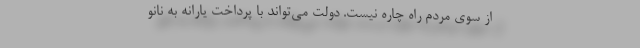
از سوی مردم راه چاره نیست. دولت می‌تواند با پرداخت یارانه به نانو